Vaccination Hyderabad 1872-1889 - 1872-1889
Year: 1872
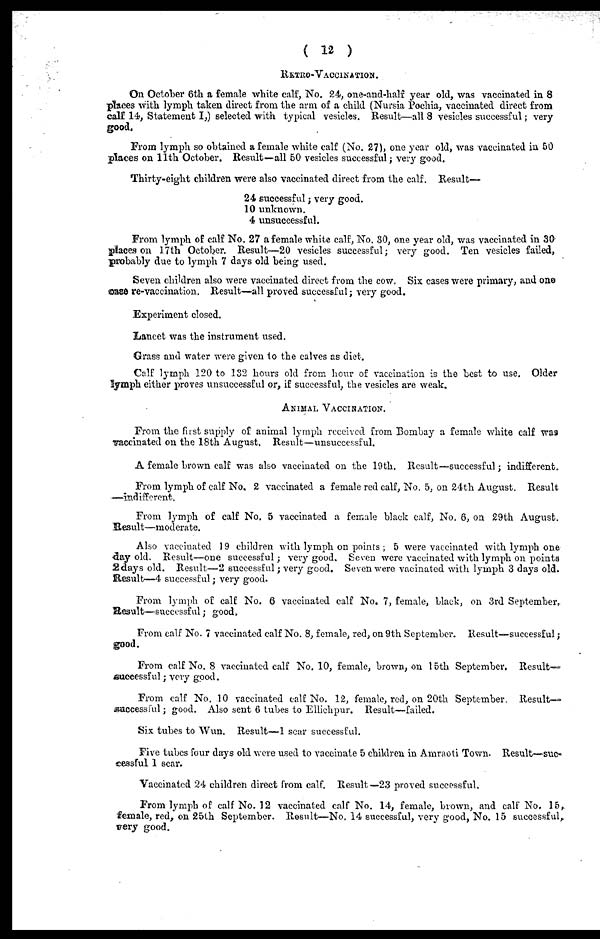
( 12 )
RETRO- VACCINATION.
On October 6th a female white calf, No. 24, one-and-half year old, was vaccinated in 8
places with lymph taken direct from the arm of a child (Nursia Pochia, vaccinated direct from
calf 14, Statement I,) selected with typical vesicles. Result—all 8 vesicles successful; very
good.
From lymph so obtained a female white calf (No. 27), one year old, was vaccinated in 50
places on 11th October. Result—all 50 vesicles successful ; very good.
Thirty-eight children were also vaccinated direct from the calf. Result—
24 successful; very good.
10 unknown.
4 unsuccessful.
From lymph of calf No. 27 a female white calf, No. 30, one year old, was vaccinated in 30-
places on 17th October. Result—20 vesicles successful; very good. Ten vesicles failed,
probably due to lymph 7 days old being used.
Seven children also were vaccinated direct from the cow. Six cases were primary, and one
case re-vaccination. Result—all proved successful; very good.
Experiment closed.
Lancet was the instrument used.
Grass and water were given to the calves as diet.
Calf lymph 120 to 132 hours old from hour of vaccination is the best to use. Older
lymph either proves unsuccessful or, if successful, the vesicles are weak.
ANIMAL VACCINATION.
From the first supply of animal lymph received from Bombay a female white calf was
vaccinated on the 18th August. Result—unsuccessful.
A female brown calf was also vaccinated on the 19th. Result—successful; indifferent.
From lymph of calf No. 2 vaccinated a female red calf, No. 5, on 24th August. Result
—indifferent.
From lymph of calf No. 5 vaccinated a female black calf, No. 6, on 29th August.
Result—moderate.
Also vaccinated 19 children with lymph on points ; 5 were vaccinated with lymph one
day old. Result—one successful; very good. Seven were vaccinated with lymph on points
2 days old. Result—2 successful; very good. Seven were vacinated with lymph 3 days old.
Result—4 successful; very good.
From lymph of calf No. 6 vaccinated calf No. 7, female, black, on 3rd September.
Result—successful; good.
From calf No. 7 vaccinated calf No. 8, female, red, on 9th September. Result—successful;
good.
From calf No. 8 vaccinated calf No. 10, female, brown, on 15th September. Result—
successful; very good.
From calf No. 10 vaccinated calf No. 12, female, red, on 20th September. Result-
successful ; good. Also sent 6 tubes to Ellichpur. Result—failed.
Six tubes to Wun. Result—1 scar successful.
Five tubes four days old were used to vaccinate 5 children in Amraoti Town. Result—suc-
cessful 1 scar.
Vaccinated 24 children direct from calf. Result—23 proved successful.
From lymph of calf No. 12 vaccinated calf No. 14, female, brown, and calf No. 15,
female, red, on 25th September. Result—No. 14 successful, very good, No. 15 successful
very good.